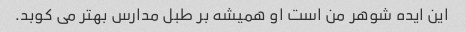
این ایده شوهر من است او همیشه بر طبل مدارس بهتر می کوبد.